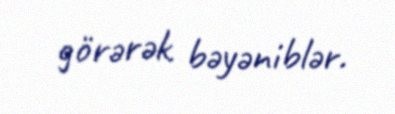
görərək bəyəniblər.